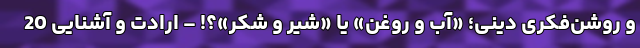
و روشن‌فکری دینی؛ «آب و روغن» یا «شیر و شکر»؟! – ارادت و آشنایی 20